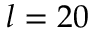
l = 2 0